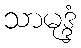
သာမုဒ္ဒံ